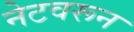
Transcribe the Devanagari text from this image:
नेटवरून